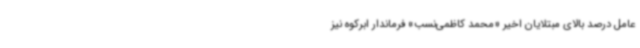
عامل درصد بالای مبتلایان اخیر «محمد کاظمی‌نسب» فرماندار ابرکوه نیز